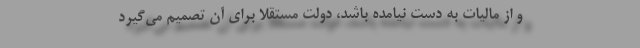
و از مالیات به دست نیامده باشد، دولت مستقلا برای آن تصمیم می‌گیرد